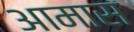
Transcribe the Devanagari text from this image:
आमास